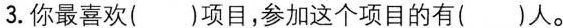
3.你最喜欢()项目，参加这个项目的有()人。